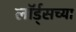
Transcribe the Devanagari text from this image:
लॉर्ड्‌सच्या